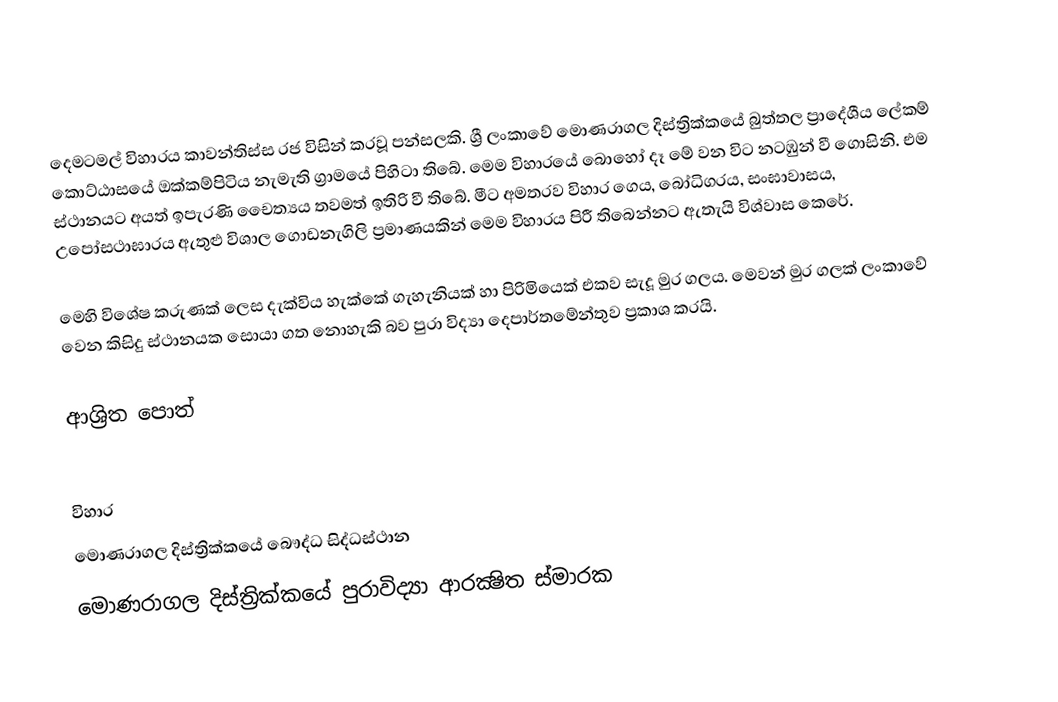
දෙමටමල් විහාරය කාවන්තිස්ස රජ විසින් කරවූ පන්සලකි. ශ්‍රී ලංකාවේ මොණරාගල දිස්ත්‍රික්කයේ බුත්තල ප්‍රාදේශීය ලේකම් කොට්ඨාසයේ ඔක්කම්පිටිය නැමැති ග්‍රාමයේ පිහිටා තිබේ. මෙම විහාරයේ බොහෝ දෑ මේ වන විට නටඹුන් වී ගොසිනි. එම ස්ථානයට අයත් ඉපැරණි චෛත්‍යය තවමත් ඉතිරි වී තිබේ. මීට අමතරව විහාර ගෙය, බෝධිගරය, සංඝාවාසය, උපෝසථාඝාරය ඇතුළු විශාල ගොඩනැගිලි ප්‍රමාණයකින් මෙම විහාරය පිරී තිබෙන්නට ඇතැයි විශ්වාස කෙරේ.

මෙහි විශේෂ කරුණක් ලෙස දැක්විය හැක්කේ ගැහැනියක් හා පිරිමියෙක් එකව සැදූ මුර ගලය. මෙවන් මුර ගලක් ලංකාවේ වෙන කිසිදු ස්ථානයක සොයා ගත නොහැකි බව පුරා විද්‍යා දෙපාර්තමේන්තුව ප්‍රකාශ කරයි.

ආශ්‍රිත පොත්

 විහාර
මොණරාගල දිස්ත්‍රික්කයේ බෞද්ධ සිද්ධස්ථාන‎
මොණරාගල දිස්ත්‍රික්කයේ පුරාවිද්‍යා ආරක්‍ෂිත ස්මාරක